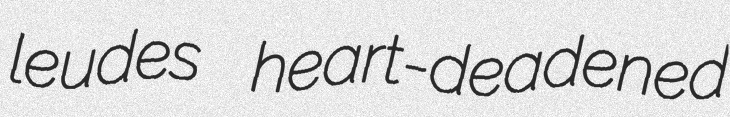
leudes heart-deadened